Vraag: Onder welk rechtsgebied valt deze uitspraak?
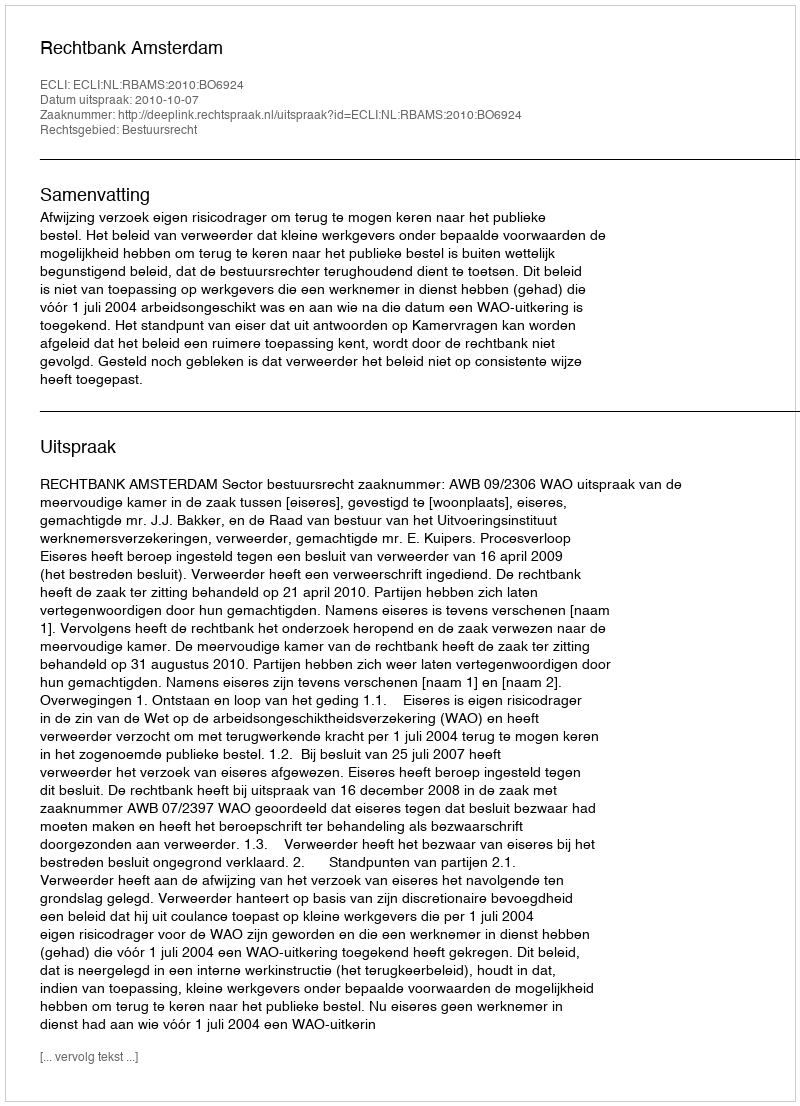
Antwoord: Bestuursrecht